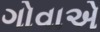
ગોવાએ